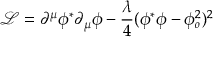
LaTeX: { \mathcal L } = \partial ^ { \mu } \phi ^ { * } \partial _ { \mu } \phi - \frac { \lambda } { 4 } ( \phi ^ { * } \phi - \phi _ { o } ^ { 2 } ) ^ { 2 }